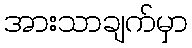
အားသာချက်မှာ